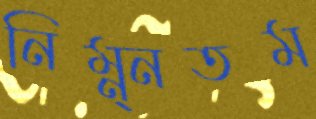
নিম্ন্নতম